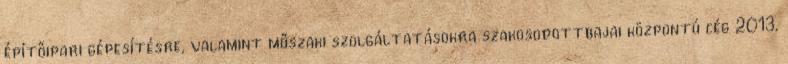
építőipari gépesítésre, valamint műszaki szolgáltatásokra szakosodottbajai központú cég 2013.